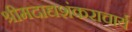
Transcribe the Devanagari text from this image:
श्रीमदाद्यशंकराचार्य